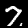
Label: 7